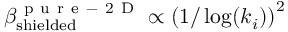
\beta _ { \mathrm { s h i e l d e d } } ^ { \mathrm { ~ p ~ u ~ r ~ e ~ - ~ 2 ~ D ~ } } \propto \left( 1 / \log ( k _ { i } ) \right) ^ { 2 }